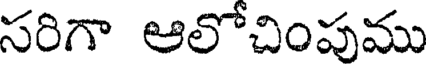
సరిగా ఆలోచింపము